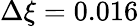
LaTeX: \Delta\xi=0.016